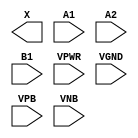
module sky130_fd_sc_hvl__o21a (
    X   ,
    A1  ,
    A2  ,
    B1  ,
    VPWR,
    VGND,
    VPB ,
    VNB
);

    output X   ;
    input  A1  ;
    input  A2  ;
    input  B1  ;
    input  VPWR;
    input  VGND;
    input  VPB ;
    input  VNB ;
endmodule